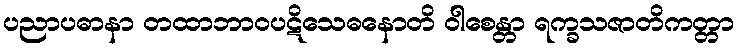
ပညာပဓာနာ တထာဘာဝပဋိသေဓနောတိ ဝါစေန္တာ ရက္ခသဇာတိကတ္တာ